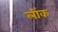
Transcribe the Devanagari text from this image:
लींक